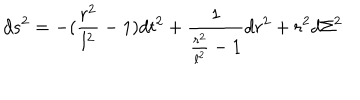
d s ^ { 2 } = - ( \frac { r ^ { 2 } } { l ^ { 2 } } - 1 ) d t ^ { 2 } + \frac { 1 } { \frac { r ^ { 2 } } { l ^ { 2 } } - 1 } d r ^ { 2 } + r ^ { 2 } d \Sigma ^ { 2 }